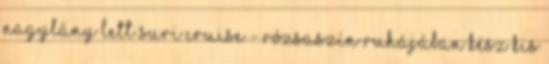
nagylány lett Suri Cruise - Rózsaszín ruhájában kész kis